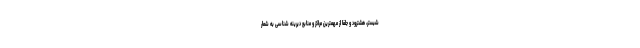
شبستر، هشترود و جلفا از مهمترین مراکز و منابع دیرینه شناسی به شمار